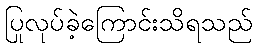
ပြုလုပ်ခဲ့ကြောင်းသိရသည်